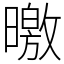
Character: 曒